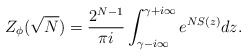
\begin{align*}Z_\phi(\sqrt{N})= \frac{2^{N-1}}{\pi i} \int_{\gamma-i\infty}^{\gamma+i\infty}e^{NS(z)}dz.\end{align*}